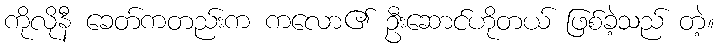
ကိုလိုနီ ခေတ်ကတည်းက ကလော၏ ဦးဆောင်ဟိုတယ် ဖြစ်ခဲ့သည် တဲ့။